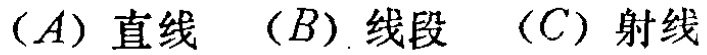
$(A)\ 直线\quad (B)\ 线段\quad (C)\ 射线$